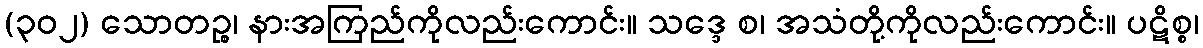
(၃၀၂) သောတဉ္စ၊ နားအကြည်ကိုလည်းကောင်း။ သဒ္ဒေ စ၊ အသံတို့ကိုလည်းကောင်း။ ပဋိစ္စ၊